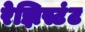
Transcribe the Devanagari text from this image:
रेझिस्टंट